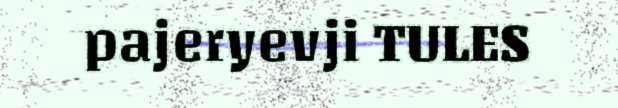
pajeryevji TULES